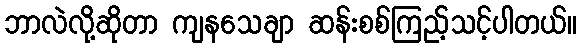
ဘာလဲလို့ဆိုတာ ကျနသေချာ ဆန်းစစ်ကြည့်သင့်ပါတယ်။